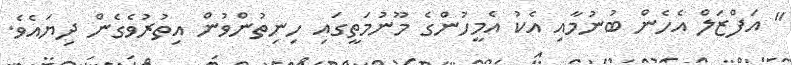
" އަފްޒަލް އެހެން ބުނުމާއި އެކު އެމީހުންގެ މޫނުމަތީގައި ހިނިތުންވުން އިތުރުވެގެން ދިޔައެވެ.